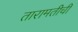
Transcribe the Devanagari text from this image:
तारामतीची